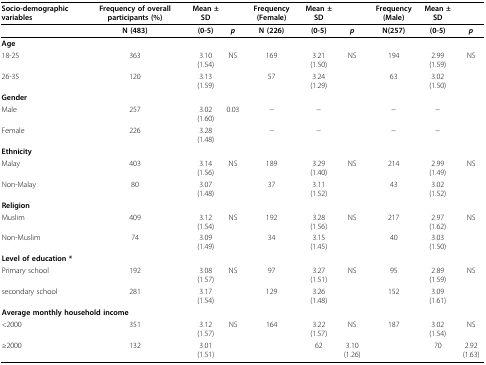
<table><thead><tr><td><b>Socio-demographic variables </b></td><td><b>Frequency of overall participants (%)</b></td><td><b>Mean ± SD </b></td><td></td><td><b>Frequency (Female)</b></td><td><b>Mean ± SD</b></td><td></td><td><b>Frequency (Male)</b></td><td><b>Mean ± SD</b></td><td></td></tr><tr><td></td><td><b>N (483)</b></td><td><b>(0-5)</b></td><td><b><i>p</i></b></td><td><b>N (226)</b></td><td><b>(0-5)</b></td><td><b><i>p</i></b></td><td><b>N(257)</b></td><td><b>(0-5)</b></td><td><b><i>p</i></b></td></tr></thead><tbody><tr><td><b>Age </b></td><td></td><td></td><td></td><td></td><td></td><td></td><td></td><td></td><td></td></tr><tr><td>18-25</td><td>363</td><td>3.10 (1.54)</td><td>NS</td><td>169</td><td>3.21 (1.50)</td><td>NS</td><td>194</td><td>2.99 (1.59)</td><td>NS</td></tr><tr><td>26-35</td><td>120</td><td>3.13 (1.59)</td><td></td><td>57</td><td>3.24 (1.29)</td><td></td><td>63</td><td>3.02 (1.50)</td><td></td></tr><tr><td><b>Gender</b></td><td></td><td></td><td></td><td></td><td></td><td></td><td></td><td></td><td></td></tr><tr><td>Male</td><td>257</td><td>3.02 (1.60)</td><td>0.03</td><td>−</td><td>−</td><td></td><td>−</td><td>−</td><td></td></tr><tr><td>Female</td><td>226</td><td>3.28 (1.48)</td><td></td><td>−</td><td>−</td><td></td><td>−</td><td>−</td><td></td></tr><tr><td><b>Ethnicity </b></td><td></td><td></td><td></td><td></td><td></td><td></td><td></td><td></td><td></td></tr><tr><td>Malay</td><td>403</td><td>3.14 (1.56)</td><td>NS</td><td>189</td><td>3.29 (1.40)</td><td>NS</td><td>214</td><td>2.99 (1.49)</td><td>NS</td></tr><tr><td>Non-Malay</td><td>80</td><td>3.07 (1.48)</td><td></td><td>37</td><td>3.11 (1.52)</td><td></td><td>43</td><td>3.02 (1.52)</td><td></td></tr><tr><td><b>Religion </b></td><td></td><td></td><td></td><td></td><td></td><td></td><td></td><td></td><td></td></tr><tr><td>Muslim</td><td>409</td><td>3.12 (1.54)</td><td>NS</td><td>192</td><td>3.28 (1.56)</td><td>NS</td><td>217</td><td>2.97 (1.62)</td><td>NS</td></tr><tr><td>Non-Muslim</td><td>74</td><td>3.09 (1.49)</td><td></td><td>34</td><td>3.15 (1.45)</td><td></td><td>40</td><td>3.03 (1.50)</td><td></td></tr><tr><td colspan="2"><b>Level of education *</b></td><td></td><td></td><td></td><td></td><td></td><td></td><td></td><td></td></tr><tr><td>Primary school</td><td>192</td><td>3.08 (1.57)</td><td>NS</td><td>97</td><td>3.27 (1.51)</td><td>NS</td><td>95</td><td>2.89 (1.59)</td><td>NS</td></tr><tr><td>secondary school</td><td>281</td><td>3.17 (1.54)</td><td></td><td>129</td><td>3.26 (1.48)</td><td></td><td>152</td><td>3.09 (1.61)</td><td></td></tr><tr><td colspan="3"><b>Average monthly household income </b></td><td></td><td></td><td></td><td></td><td></td><td></td><td></td></tr><tr><td>&lt;2000</td><td>351</td><td>3.12 (1.57)</td><td>NS</td><td>164</td><td>3.22 (1.57)</td><td>NS</td><td>187</td><td>3.02 (1.54)</td><td>NS</td></tr><tr><td>≥2000</td><td>132</td><td>3.01 (1.51)</td><td></td><td></td><td>62</td><td>3.10 (1.26)</td><td></td><td>70</td><td>2.92 (1.63)</td></tr></tbody></table>